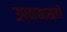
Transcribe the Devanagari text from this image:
उपवासासाठी